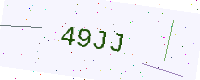
Text: 49JJ